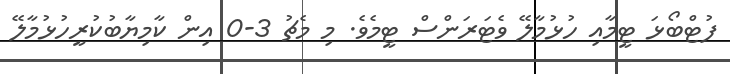
ފުޓްބޯޅަ ޓީމާއި ހުޅުމާލޭ ވެޓަރަންސް ޓީމެވެ. މި މެޗު 3-0 އިން ކާމިޔާބުކުރީހުޅުމާލޭ